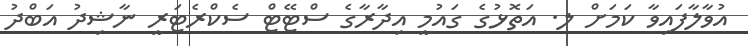
އުވާލާފައިވާ ކަމަށް ލ. އަތޮޅުގެ ގައުމީ އިދާރާގެ ސްޓޭޓް ސެކްރެޓަރީ ނާޝިދު އަބްދު